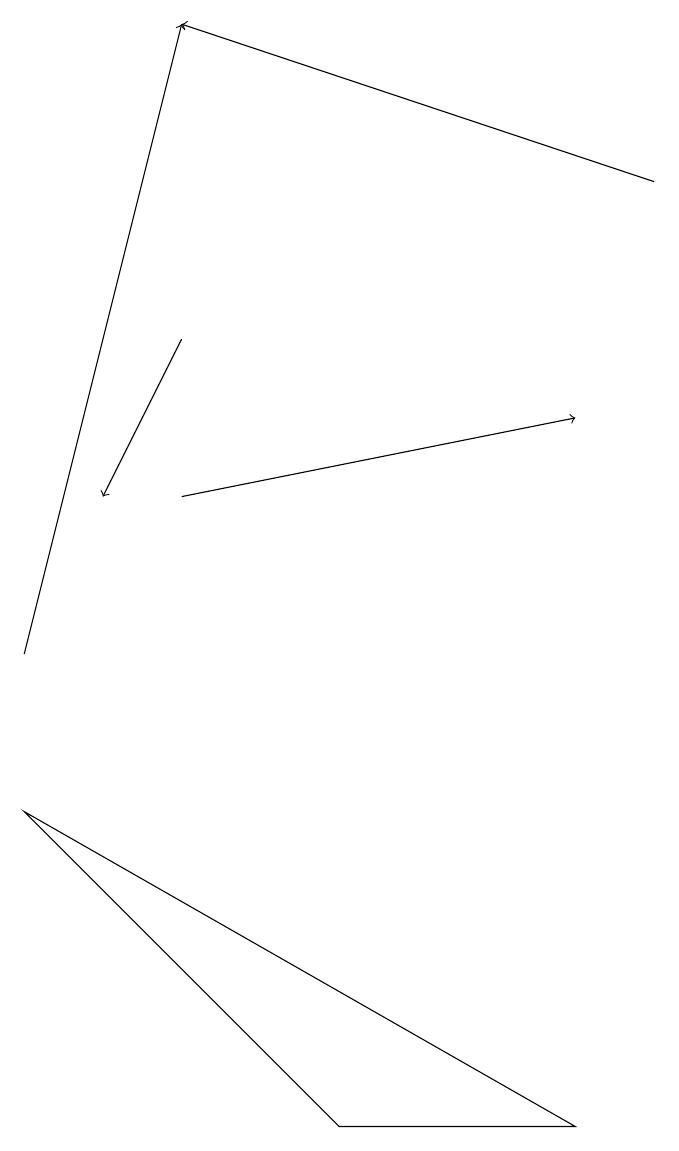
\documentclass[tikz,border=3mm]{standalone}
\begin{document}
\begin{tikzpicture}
\draw[->] (3,15) -- (2,13);
\draw[->] (1,11) -- (3,19);
\draw[->] (3,13) -- (8,14);
\draw (1,9) -- (8,5) -- (5,5) -- cycle;
\draw[->] (9,17) -- (3,19);
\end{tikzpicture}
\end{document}